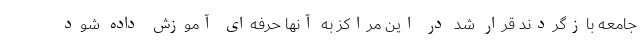
جامعه بازگردند قرار شد در این مراکز به آنها حرفه‌ای آموزش داده شود